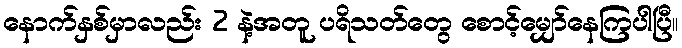
နောက်နှစ်မှာလည်း 2 နဲ့အတူ ပရိသတ်တွေ စောင့်မျှော်နေကြပါပြီ။